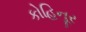
કોહિનૂર